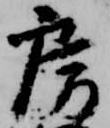
房